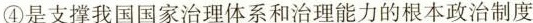
④是支撑我国国家治理体系和治理能力的根本政治制度